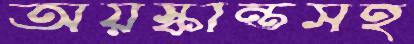
অয়স্কান্তসহ